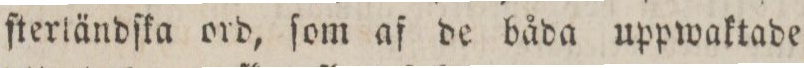
ſterländſka ord, ſom af de båda uppwaktade